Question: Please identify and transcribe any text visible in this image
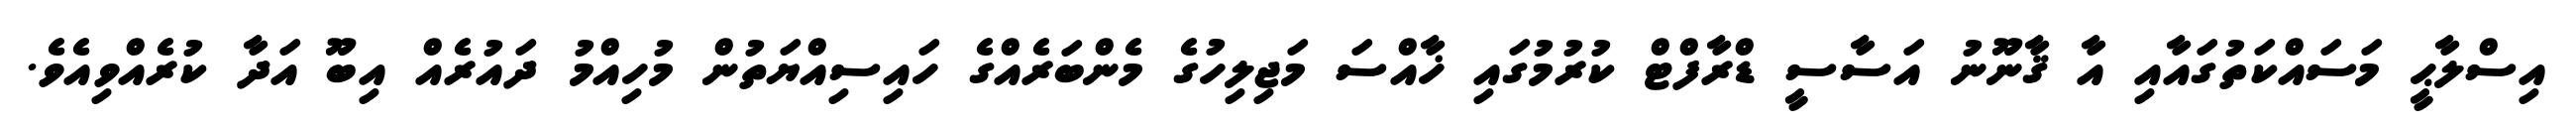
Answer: އިސްލާޙީ މަސައްކަތުގައާއި އާ ޤާނޫނު އަސާސީ ޑްރާފްޓް ކުރުމުގައި ޚާއްސަ މަޖިލިހުގެ މެންބަރެއްގެ ހައިސިއްޔަތުން މުހިއްމު ދައުރެއް އިބޫ އަދާ ކުރެއްވިއެވެ.